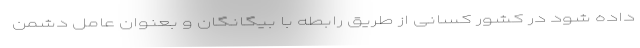
داده شود در کشور کسانی از طریق رابطه با بیگانگان و بعنوان عامل دشمن